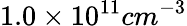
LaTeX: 1.0\times 10^{11}cm^{-3}